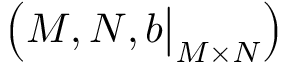
\left( M , N , b { \big \vert } _ { M \times N } \right)